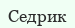
Седрик